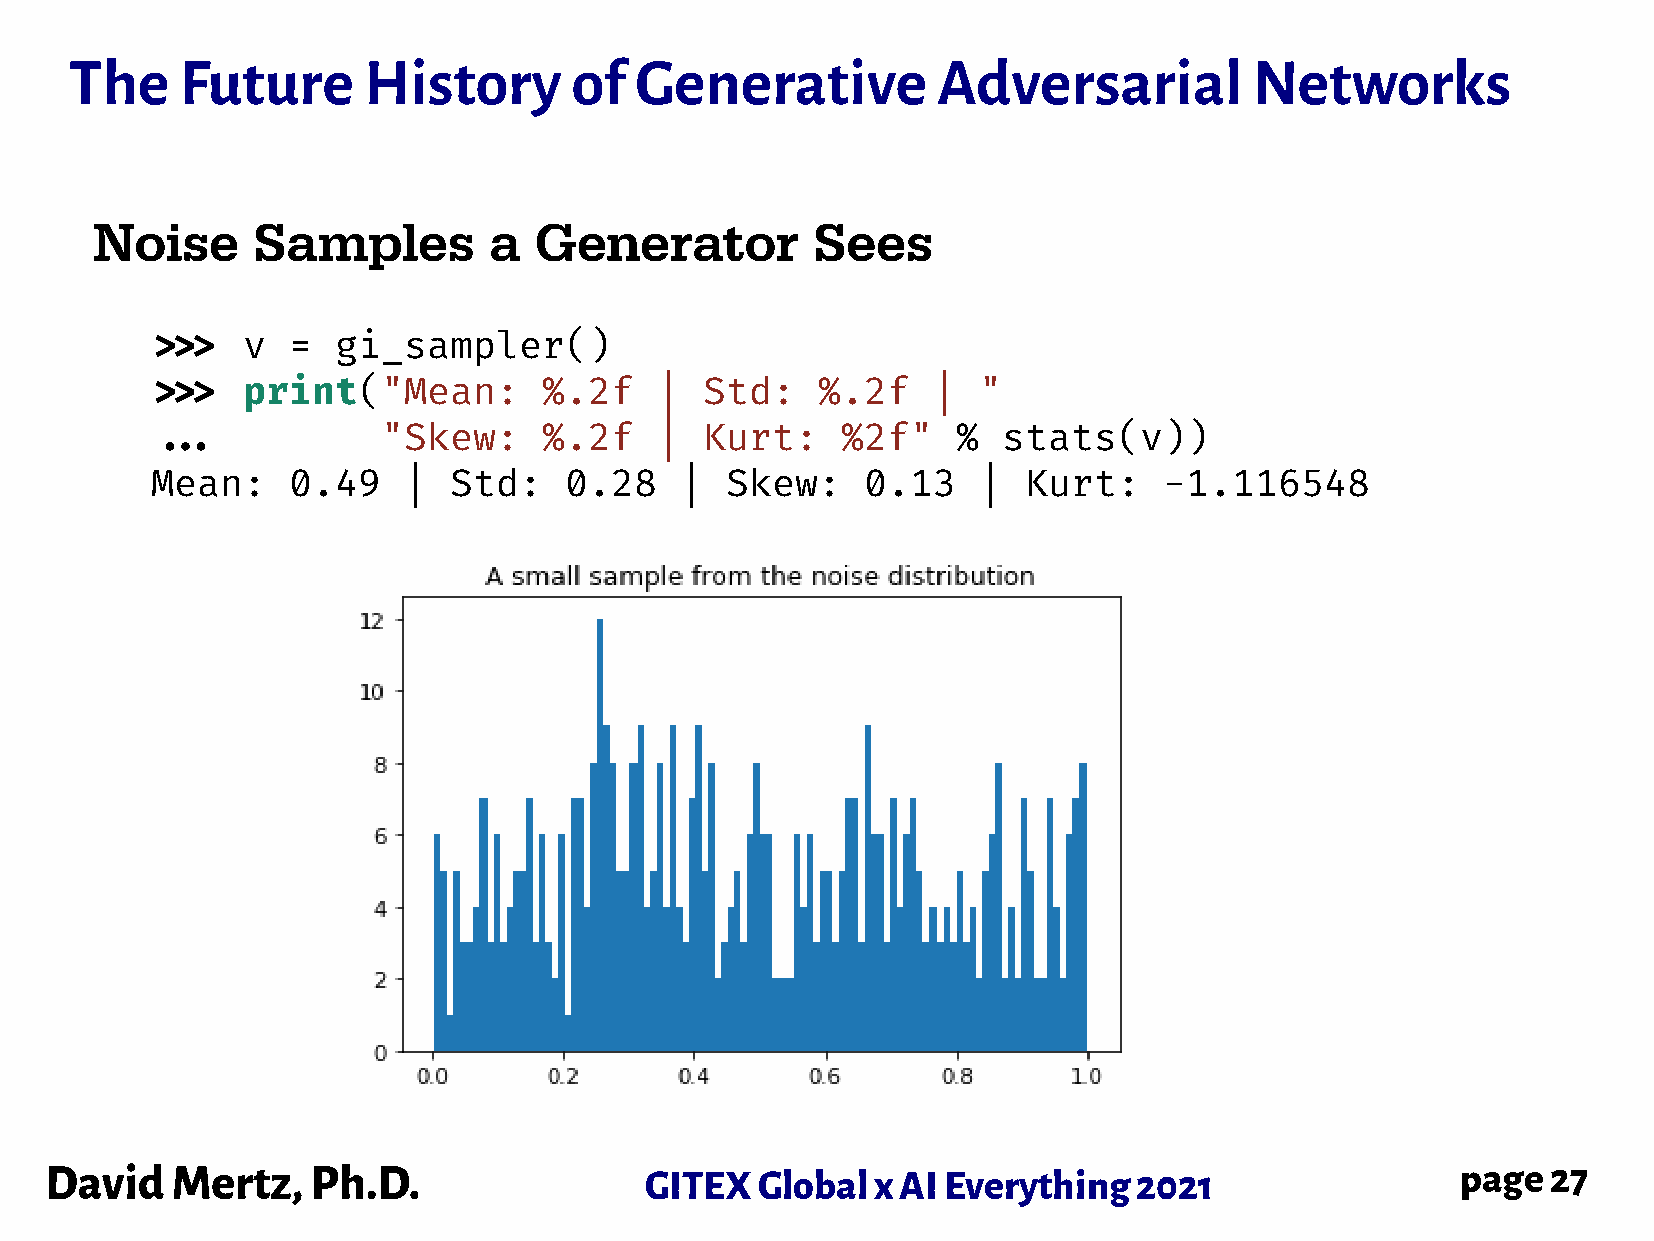
The    Future      History       of  Generative          Adversarial          Networks
 Noise      Samples        a  Generator          Sees
 >>>   v  =  gi_sampler()
 >>>   print("Mean:        %.2f    |  Std:   %.2f    |  "
 ...            "Skew:     %.2f    |  Kurt:    %2f"   %  stats(v))
 Mean:    0.49    |  Std:   0.28    |  Skew:    0.13    |  Kurt:    -1.116548
 David   Mertz,    Ph.D.                 GITEX  Global  x AI Everything  2021                  page  27